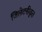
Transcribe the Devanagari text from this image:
जिलेटनीकृत